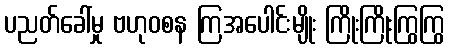
ပညတ်ခေါ်မှု ဗဟုဝစန ကြအပေါင်းမျိုး ကြိုးကြိုးကြွကြွ